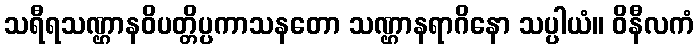
သရီရသဏ္ဌာနဝိပတ္တိပ္ပကာသနတော သဏ္ဌာနရာဂိနော သပ္ပါယံ။ ဝိနီလကံ